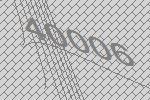
40006